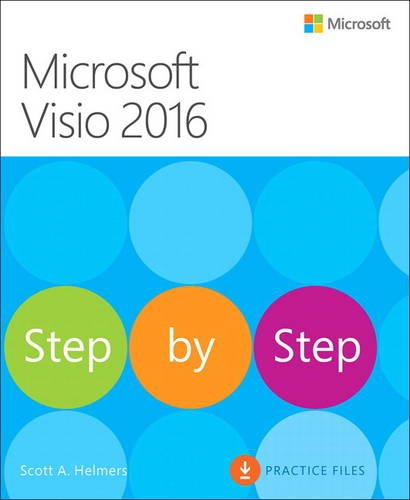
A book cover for Microsoft Visio 2016 Step By Step; Scott A. Helmers; Computers & Technology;